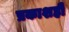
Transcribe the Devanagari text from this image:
प्रकाशही